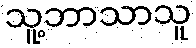
သူ့ဘာသာသူ